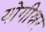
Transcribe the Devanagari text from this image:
योगीश्नर